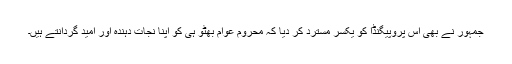
جمہور نے بھی اس پروپیگنڈا کو یکسر مسترد کر دیا کہ محروم عوام بھٹو ہی کو اپنا نجات دہندہ اور امید گردانتے ہیں۔